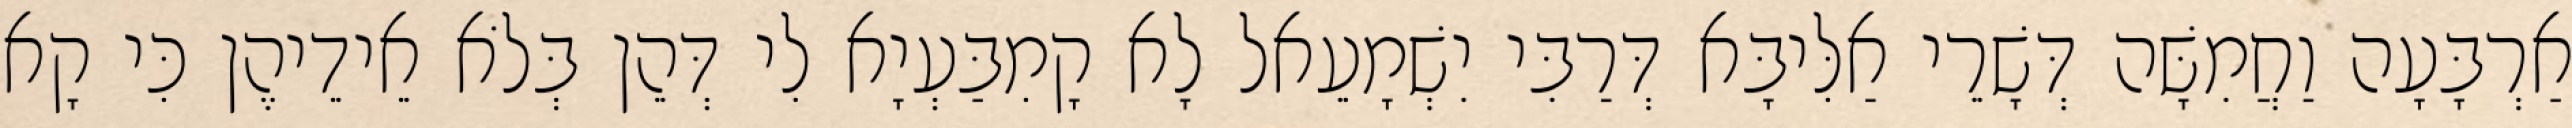
אַרְבָּעָה וַחֲמִשָּׁה דְּשָׁרֵי אַלִּיבָּא דְּרַבִּי יִשְׁמָעֵאל לָא קָמִבַּעְיָא לִי דְּהֵן בְּלֹא אֵידֵיהֶן כִּי קָא